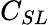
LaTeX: C_{SL}